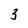
Character: 3